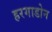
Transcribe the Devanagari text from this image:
हरगाडोन